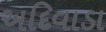
અદિવાડા